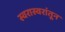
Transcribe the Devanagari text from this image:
स्वरास्वरांतून